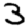
Digit: 3